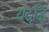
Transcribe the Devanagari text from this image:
यदृद्धिं